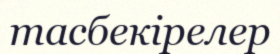
тасбекірелер